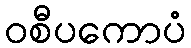
ဝစီပကောပံ